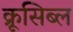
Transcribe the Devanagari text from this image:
क्रूसिब्ल